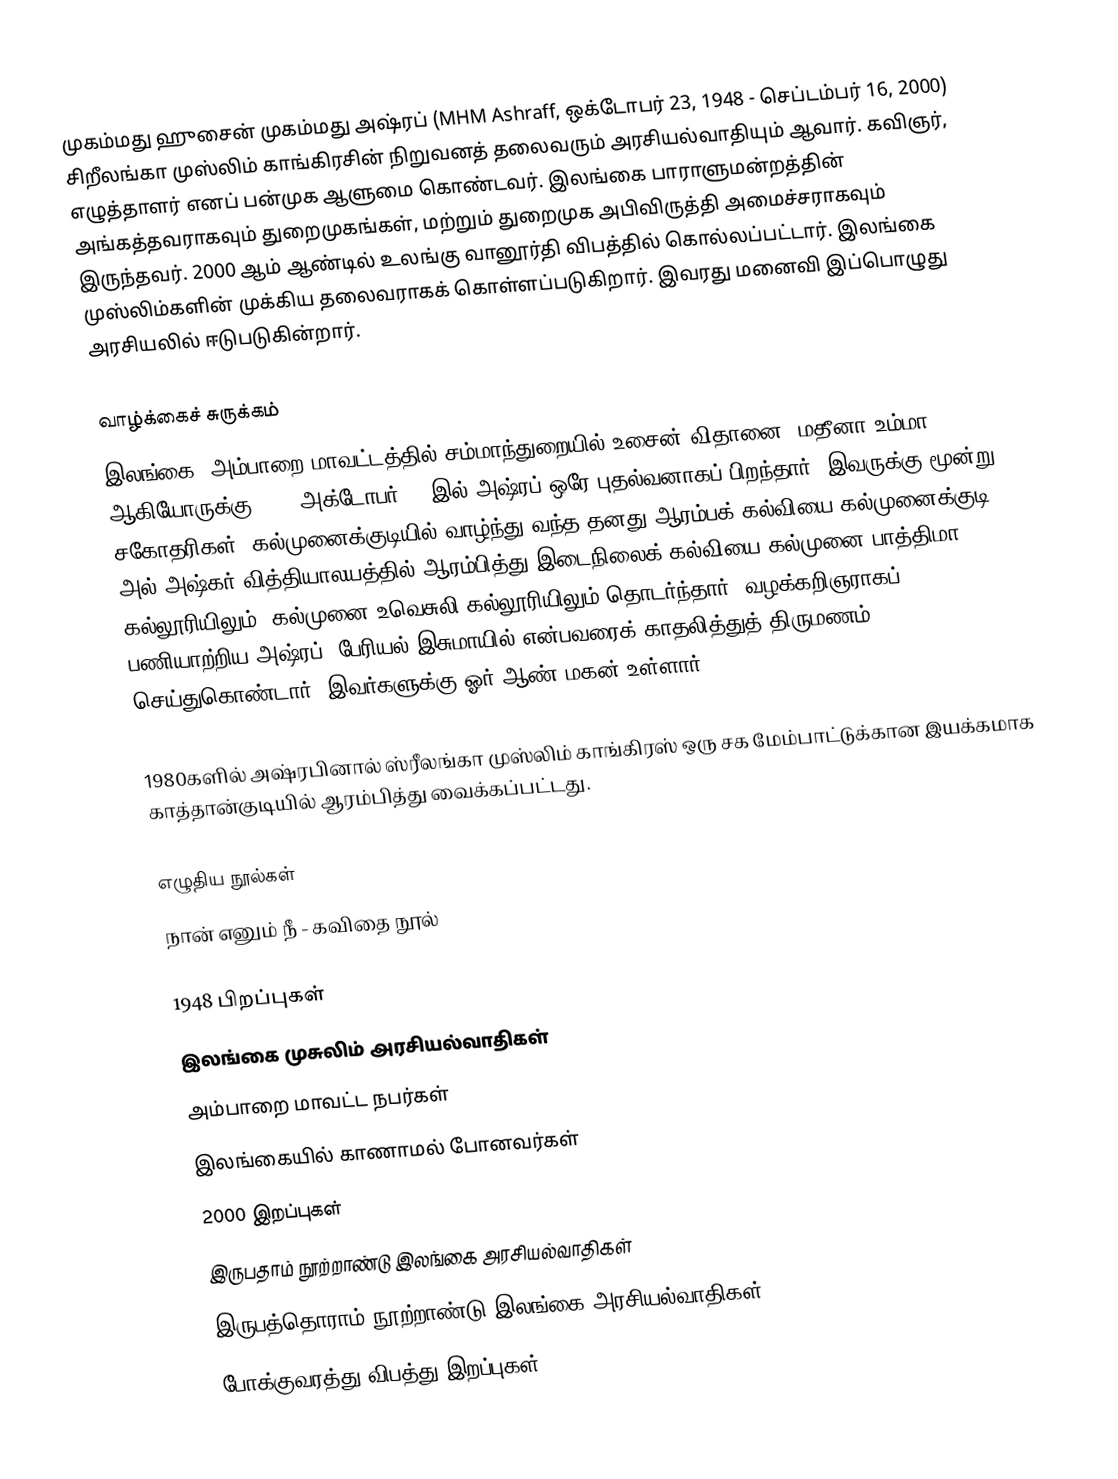
முகம்மது ஹுசைன் முகம்மது அஷ்ரப் (MHM Ashraff, ஒக்டோபர் 23, 1948 - செப்டம்பர் 16, 2000) சிறீலங்கா முஸ்லிம் காங்கிரசின் நிறுவனத் தலைவரும் அரசியல்வாதியும் ஆவார். கவிஞர், எழுத்தாளர் எனப் பன்முக ஆளுமை கொண்டவர். இலங்கை பாராளுமன்றத்தின் அங்கத்தவராகவும் துறைமுகங்கள், மற்றும் துறைமுக அபிவிருத்தி அமைச்சராகவும் இருந்தவர். 2000 ஆம் ஆண்டில் உலங்கு வானூர்தி விபத்தில் கொல்லப்பட்டார். இலங்கை முஸ்லிம்களின் முக்கிய தலைவராகக் கொள்ளப்படுகிறார். இவரது மனைவி இப்பொழுது அரசியலில் ஈடுபடுகின்றார்.

வாழ்க்கைச் சுருக்கம்
இலங்கை, அம்பாறை மாவட்டத்தில் சம்மாந்துறையில் உசைன் விதானை, மதீனா உம்மா ஆகியோருக்கு 1948 அக்டோபர் 23 இல் அஷ்ரப் ஒரே புதல்வனாகப் பிறந்தார். இவருக்கு மூன்று சகோதரிகள். கல்முனைக்குடியில் வாழ்ந்து வந்த தனது ஆரம்பக் கல்வியை கல்முனைக்குடி அல்-அஷ்கர் வித்தியாலயத்தில் ஆரம்பித்து இடைநிலைக் கல்வியை கல்முனை பாத்திமா கல்லூரியிலும், கல்முனை உவெசுலி கல்லூரியிலும் தொடர்ந்தார். வழக்கறிஞராகப் பணியாற்றிய அஷ்ரப், பேரியல் இசுமாயில் என்பவரைக் காதலித்துத் திருமணம் செய்துகொண்டார். இவர்களுக்கு ஓர் ஆண் மகன் உள்ளார்.

1980களில் அஷ்ரபினால் ஸ்ரீலங்கா முஸ்லிம் காங்கிரஸ் ஒரு சக மேம்பாட்டுக்கான இயக்கமாக காத்தான்குடியில் ஆரம்பித்து வைக்கப்பட்டது.

எழுதிய நூல்கள்
நான் எனும் நீ - கவிதை நூல்

1948 பிறப்புகள்
இலங்கை முசுலிம் அரசியல்வாதிகள்
அம்பாறை மாவட்ட நபர்கள்
இலங்கையில் காணாமல் போனவர்கள்
2000 இறப்புகள்
இருபதாம் நூற்றாண்டு இலங்கை அரசியல்வாதிகள்
இருபத்தொராம் நூற்றாண்டு இலங்கை அரசியல்வாதிகள்
போக்குவரத்து விபத்து இறப்புகள்